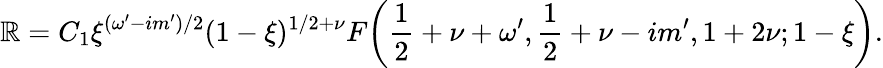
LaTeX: \mathbb{R}=C_{1}\xi^{(\omega^{\prime}-im^{\prime})/2}(1-\xi)^{1/2+\nu}F\bigg(\frac{1}{2}+\nu+\omega^{\prime},\frac{1}{2}+\nu-im^{\prime},1+2\nu;1-\xi\bigg).